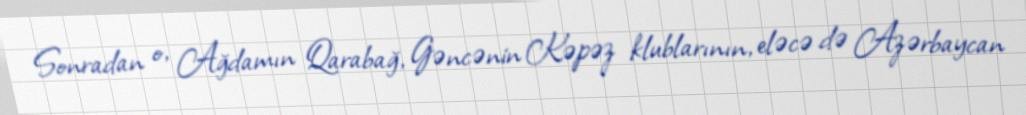
Sonradan o, Ağdamın Qarabağ, Gəncənin Kəpəz klublarının, eləcə də Azərbaycan